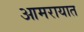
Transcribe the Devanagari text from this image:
आमरायात